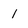
Character: 1